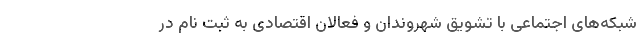
شبکه‌های اجتماعی با تشویق شهروندان و فعالان اقتصادی به ثبت نام در